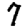
Digit: 7